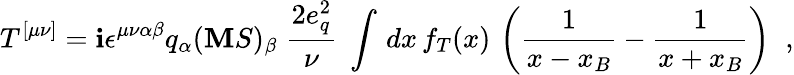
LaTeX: T^{[\mu\nu]}=\mathbf{i}\epsilon^{\mu\nu\alpha\beta}q_{\alpha}(\mathbf{M}S)_{\beta}\; {\frac{{2e_{q}^{2}}}{{\nu}}}\; \int\, dx\, f_{T}(x)\, \left({\frac{{1}}{{x-x_{B}}}}-{\frac{{1}}{{x+x_{B}}}}\right)\; \; ,